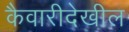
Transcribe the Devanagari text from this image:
कैवारीदेखील